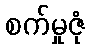
စက်မှုဇုံ